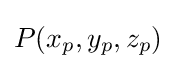
P(x_{p},y_{p},z_{p})